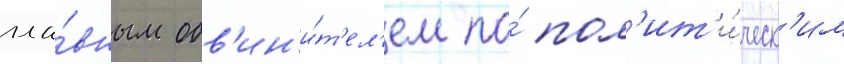
гла́вным обв'ин'и́т'ел'ем по́ пол'ит'и́ческ'им